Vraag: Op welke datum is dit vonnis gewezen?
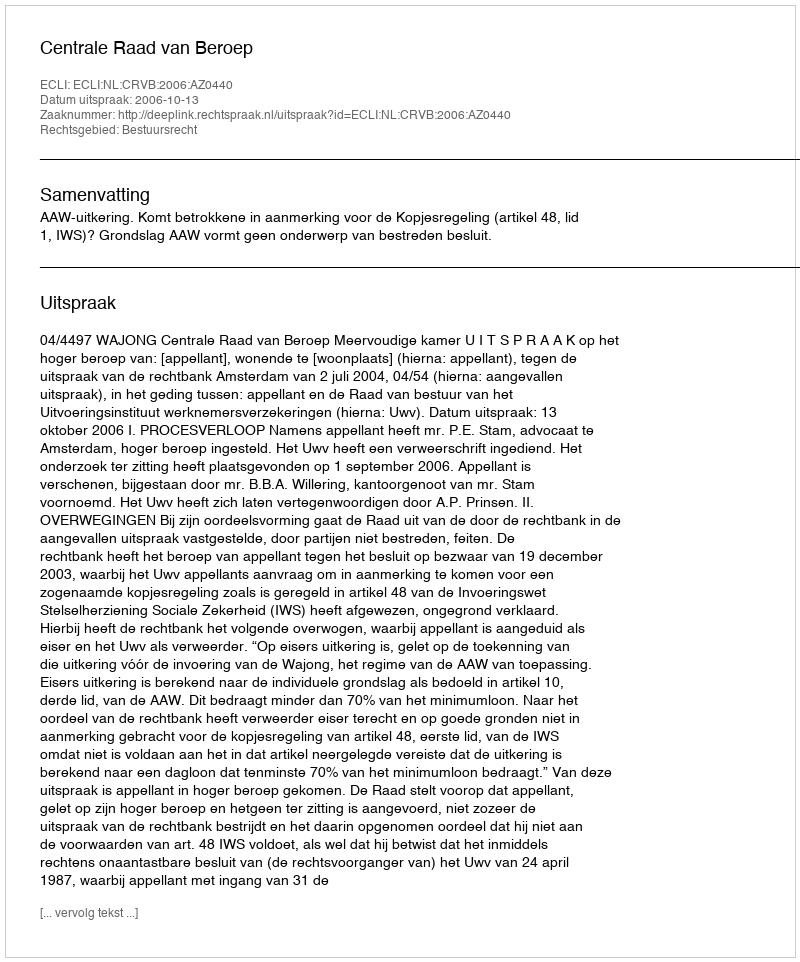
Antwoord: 2006-10-13